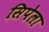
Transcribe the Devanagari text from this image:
सिपेला